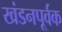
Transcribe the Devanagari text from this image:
खंडनपूर्वक